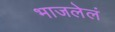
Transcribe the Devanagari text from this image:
भाजलेलं